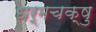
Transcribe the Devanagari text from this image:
धर्मचक्षु